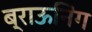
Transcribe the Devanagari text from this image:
ब्राऊनिंग